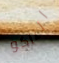
التاكو